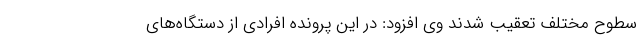
سطوح مختلف تعقیب شدند وی افزود: در این پرونده افرادی از دستگاه‌های